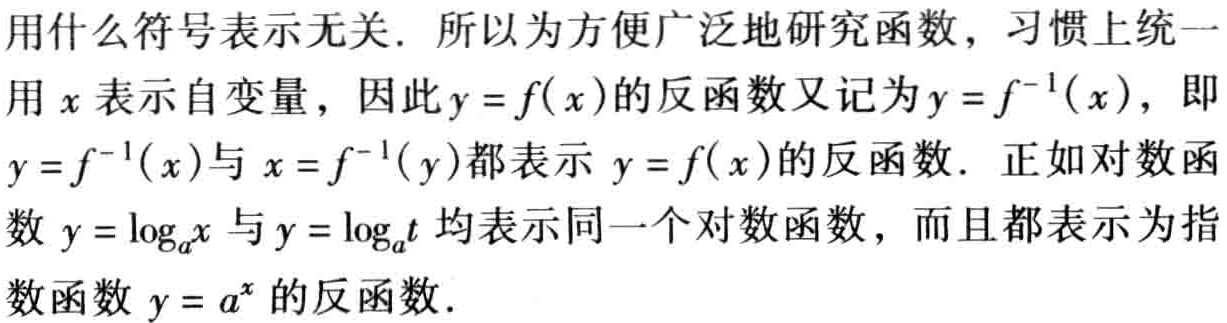
用什么符号表示无关. 所以为方便广泛地研究函数，习惯上统一用\(x\)表示自变量，因此\(y = f(x)\)的反函数又记为\(y = f^{-1}(x)\)，即\(y = f^{-1}(x)\)与\(x = f^{-1}(y)\)都表示\(y = f(x)\)的反函数. 正如对数函数\(y=\log_{a}x\)与\(y = \log_{a}t\)均表示同一个对数函数，而且都表示为指数函数\(y = a^{x}\)的反函数.